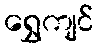
ရွှေကျင်